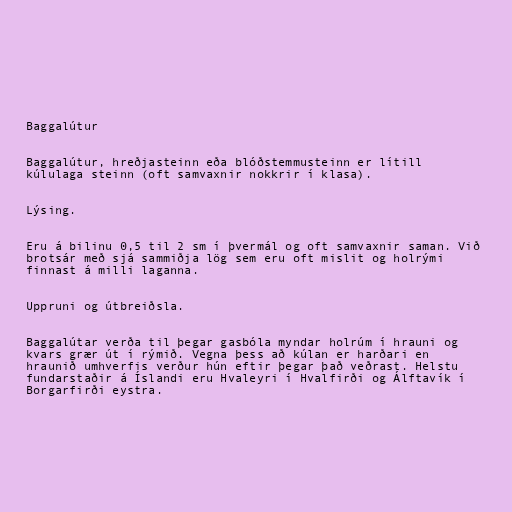
Baggalútur

Baggalútur, hreðjasteinn eða blóðstemmusteinn er lítill
kúlulaga steinn (oft samvaxnir nokkrir í klasa).

Lýsing.

Eru á bilinu 0,5 til 2 sm í þvermál og oft samvaxnir saman. Við
brotsár með sjá sammiðja lög sem eru oft mislit og holrými
finnast á milli laganna.

Uppruni og útbreiðsla.

Baggalútar verða til þegar gasbóla myndar holrúm í hrauni og
kvars grær út í rýmið. Vegna þess að kúlan er harðari en
hraunið umhverfis verður hún eftir þegar það veðrast. Helstu
fundarstaðir á Íslandi eru Hvaleyri í Hvalfirði og Álftavík í
Borgarfirði eystra.